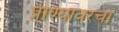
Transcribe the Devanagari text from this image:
प्राण्यावरचा